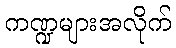
ကဏ္ဍများအလိုက်